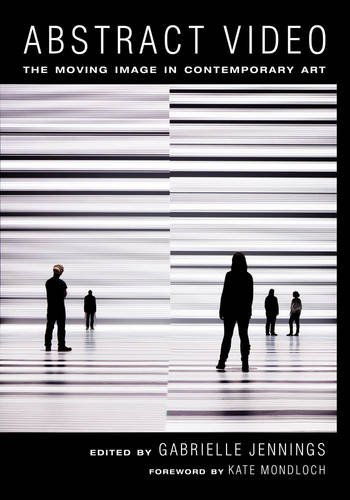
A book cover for Abstract Video: The Moving Image in Contemporary Art; Humor & Entertainment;